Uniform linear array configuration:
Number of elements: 16
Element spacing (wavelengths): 0.5
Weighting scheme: blackman
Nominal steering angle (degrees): -60
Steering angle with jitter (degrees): -58.398
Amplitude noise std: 0.05
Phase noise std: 0.05

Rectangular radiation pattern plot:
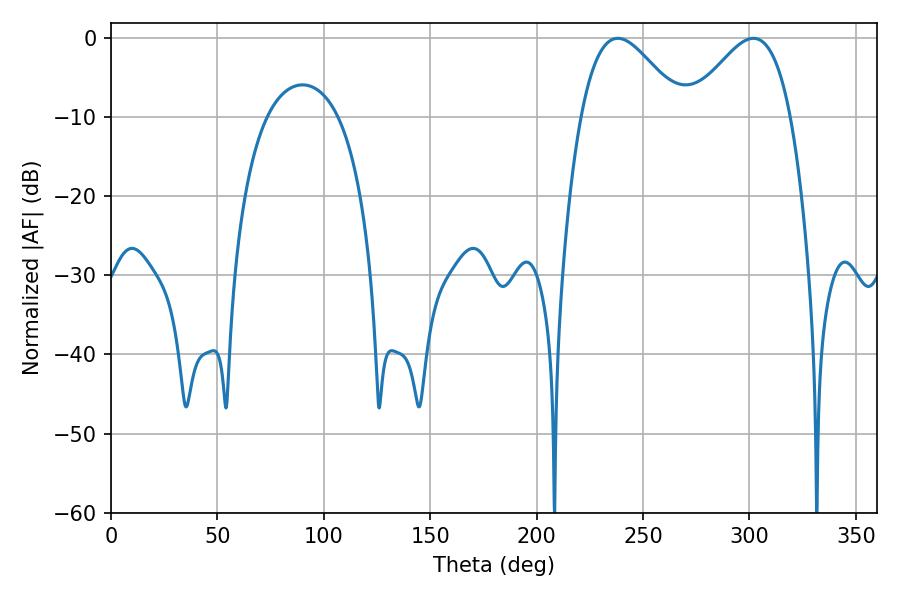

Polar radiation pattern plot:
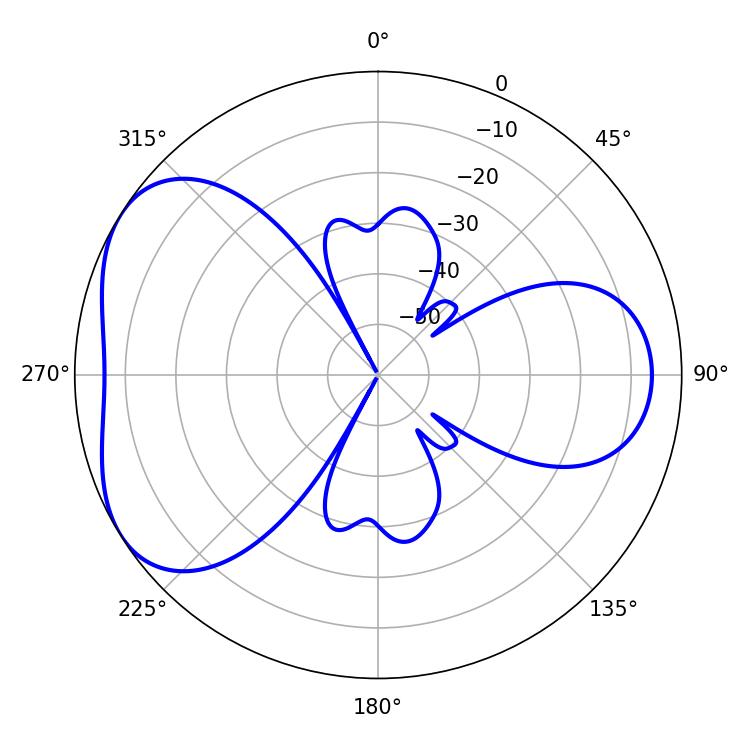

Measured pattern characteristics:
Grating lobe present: FALSE
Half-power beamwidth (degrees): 25.38
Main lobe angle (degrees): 238.14